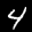
Label: 4